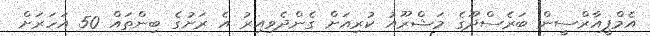
އެމްޕީއާރްސީން ބަރެސްދޫގެ މަޝްރޫއު ކުރިއަށް ގެންދެވިއިރު އެ ރަށުގެ ބިންތައް 50 އަހަރަށް